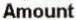
AMOUNT